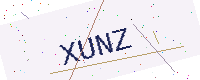
Text: XUNZ